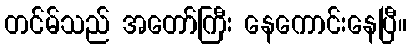
တင်မ်သည် အတော်ကြီး နေကောင်းနေပြီ။